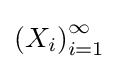
\left(X_{i}\right)_{i=1}^{\infty }